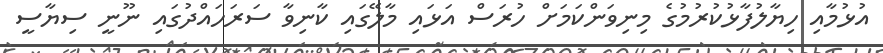
އުޅުމާއި ހިޔާލުފާޅުކުރުމުގެ މިނިވަންކަމަށް ހުރަސް އަޅައި މާލޭގައި ކާނިވާ ސަރަހައްދުގައި ނޫނީ ސިޔާސީ